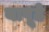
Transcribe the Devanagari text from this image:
यापूढे